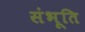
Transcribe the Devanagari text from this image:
संभूति